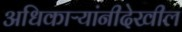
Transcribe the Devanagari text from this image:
अधिकाऱ्यांनीदेखील